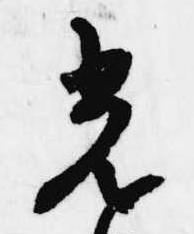
光